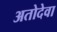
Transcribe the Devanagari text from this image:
अतोदेवा